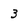
Character: 3